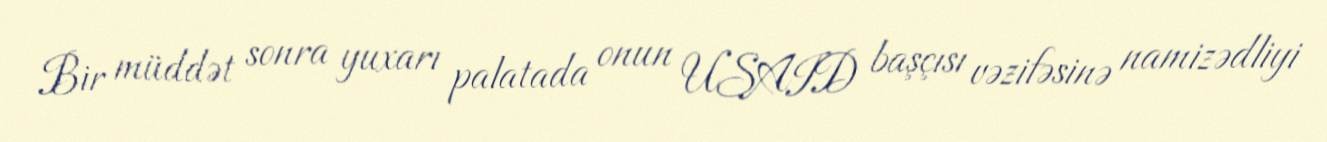
Bir müddət sonra yuxarı palatada onun USAID başçısı vəzifəsinə namizədliyi